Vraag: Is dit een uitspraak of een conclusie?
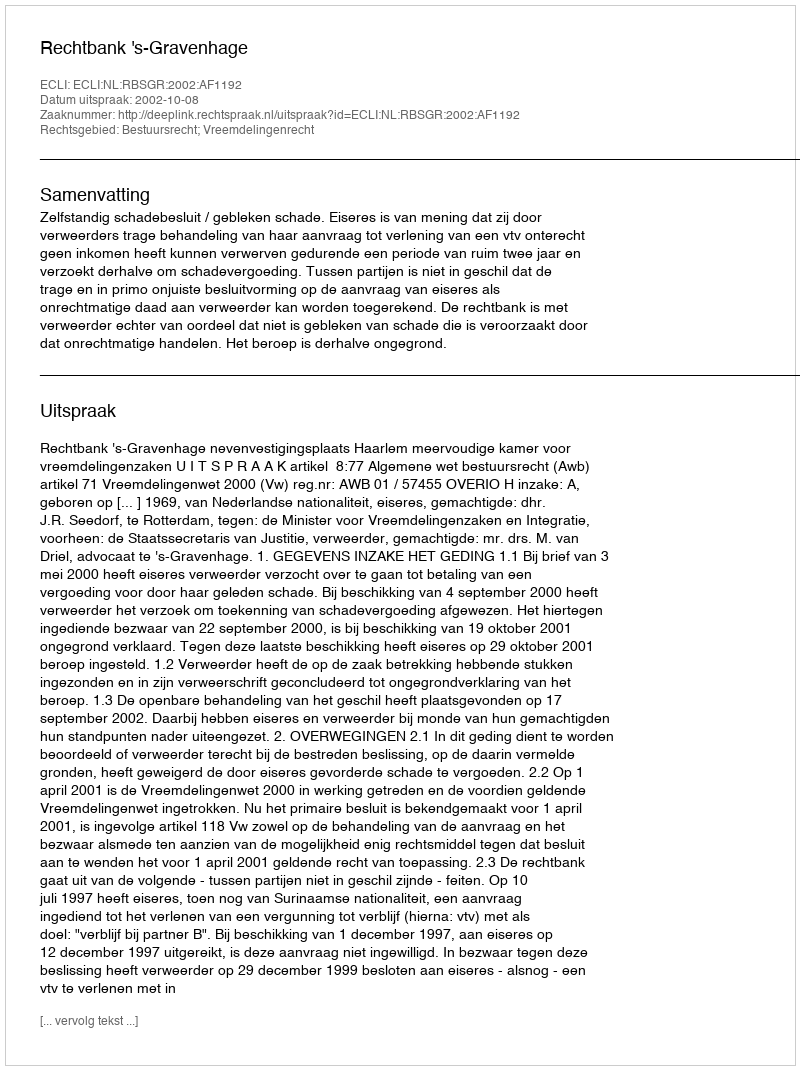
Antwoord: Uitspraak